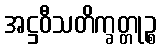
အဋ္ဌဝီသတိက္ခတ္တုဉ္စ